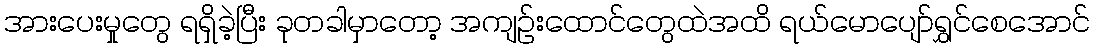
အားပေးမှုတွေ ရရှိခဲ့ပြီး ခုတခါမှာတော့ အကျဉ်းထောင်တွေထဲအထိ ရယ်မောပျော်ရွှင်စေအောင်